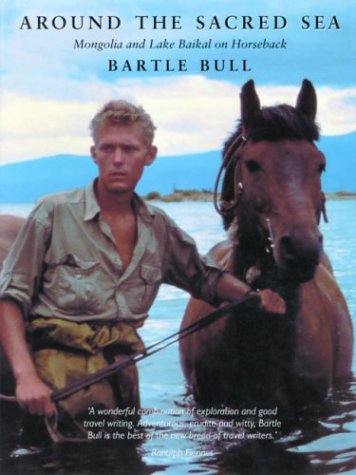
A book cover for Around the Sacred Sea: Mongolia and Lake Baikal on Horseback; Bartle B. Bull; Travel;